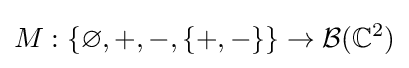
M:\{\varnothing ,+,-,\{+,-\}\}\to {\mathcal {B}}(\mathbb {C} ^{2})